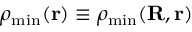
\rho _ { \mathrm { m i n } } ( { \bf r } ) \equiv \rho _ { \mathrm { m i n } } ( { \bf R } , { \bf r } )